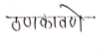
मजकूर: ठणकावणे